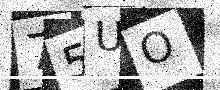
Text: 75UO